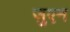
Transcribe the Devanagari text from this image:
जुएन